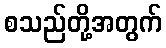
စသည်တို့အတွက်